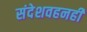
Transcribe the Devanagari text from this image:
संदेशवहनही